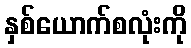
နှစ်ယောက်စလုံးကို